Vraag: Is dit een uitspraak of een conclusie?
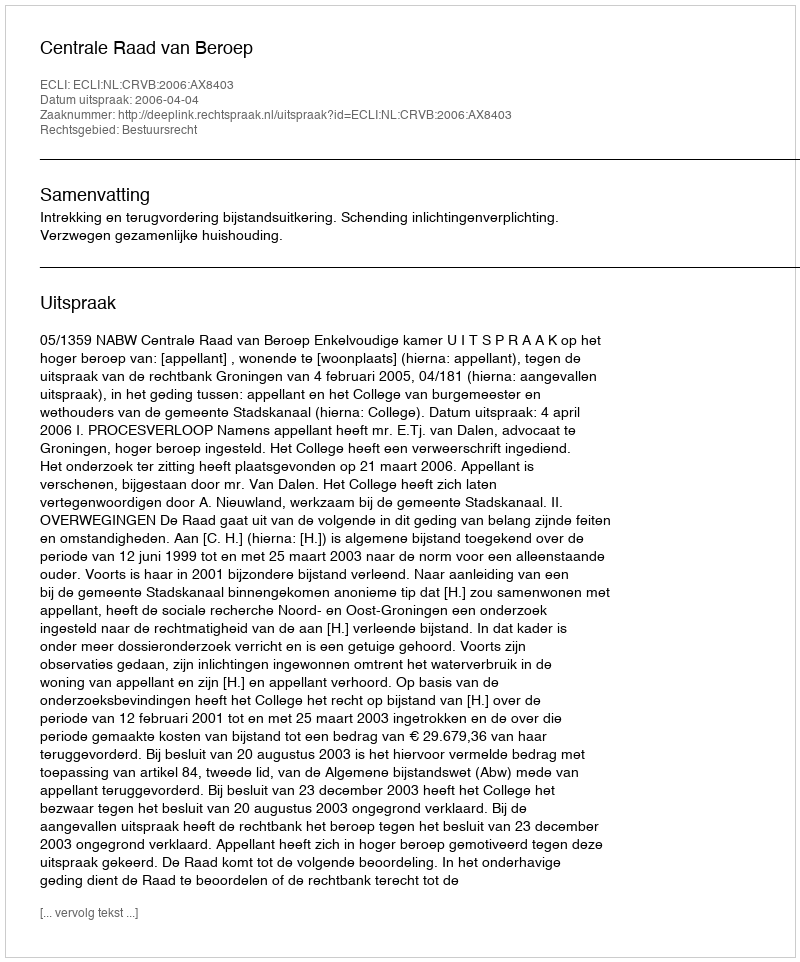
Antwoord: Uitspraak